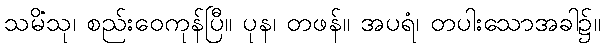
သမိံသု၊ စည်းဝေကုန်ပြီ။ ပုန၊ တဖန်။ အပရံ၊ တပါးသောအခါ၌။